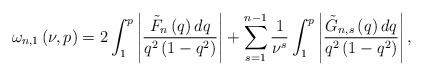
LaTeX: \begin{align*}\omega _{n,1}\left( {\nu ,p}\right) =2\int_{1}^{p}{\left\vert {\frac{\tilde{{F}}_{n}\left( q\right) dq}{q^{2}\left( {1-q^{2}}\right) }}\right\vert }+\sum\limits_{s=1}^{n-1}{\frac{1}{\nu ^{s}}\int_{1}^{p}{\left\vert {\frac{\tilde{{G}}_{n,s}\left( q\right) dq}{q^{2}\left( {1-q^{2}}\right) }}\right\vert ,}} \end{align*}